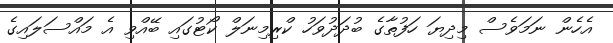
އެހެން ނަމަވެސް މިދިޔަ ހަފުތާގެ ބުދަދުވަހު ކްރިމިނަލް ކޯޓުގައި ބޭއްވި އެ މައްސަލައިގެ